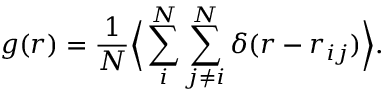
g ( r ) = \frac { 1 } { N } \Big < \sum _ { i } ^ { N } \sum _ { j \neq i } ^ { N } \delta ( r - r _ { i j } ) \Big > .